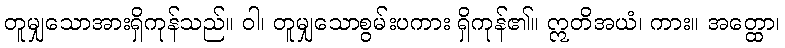
တူမျှသောအားရှိကုန်သည်။ ဝါ၊ တူမျှသောစွမ်းပကား ရှိကုန်၏။ ဣတိအယံ၊ ကား။ အတ္ထော၊